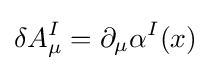
\delta A_{\mu }^{I}=\partial _{\mu }\alpha ^{I}(x)